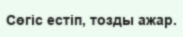
Сөгіс естіп, тозды ажар.